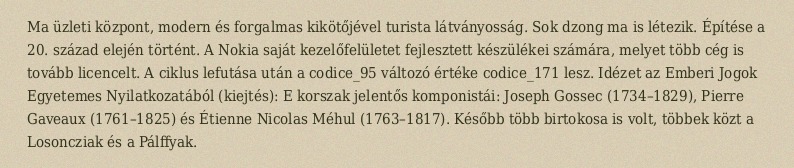
Ma üzleti központ, modern és forgalmas kikötőjével turista látványosság. Sok dzong ma is létezik. Építése a 20. század elején történt. A Nokia saját kezelőfelületet fejlesztett készülékei számára, melyet több cég is tovább licencelt. A ciklus lefutása után a codice_95 változó értéke codice_171 lesz. Idézet az Emberi Jogok Egyetemes Nyilatkozatából (kiejtés): E korszak jelentős komponistái: Joseph Gossec (1734–1829), Pierre Gaveaux (1761–1825) és Étienne Nicolas Méhul (1763–1817). Később több birtokosa is volt, többek közt a Losoncziak és a Pálffyak.